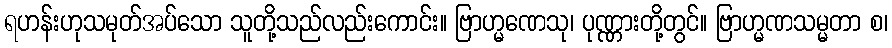
ရဟန်းဟုသမုတ်အပ်သော သူတို့သည်လည်းကောင်း။ ဗြာဟ္မဏေသု၊ ပုဏ္ဏားတို့တွင်။ ဗြာဟ္မဏသမ္မတာ စ၊